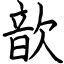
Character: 歆